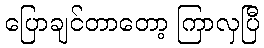
ပြောချင်တာတော့ ကြာလှပြီ